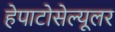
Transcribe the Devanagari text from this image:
हेपाटोसेल्यूलर